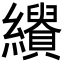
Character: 𦇣